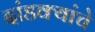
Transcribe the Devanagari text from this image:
दांडक्यांचे